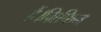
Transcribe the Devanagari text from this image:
हैं।ग्रिफिन